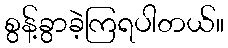
စွန့်ခွာခဲ့ကြရပါတယ်။